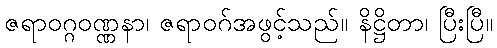
ဇရာဝဂ္ဂဝဏ္ဏနာ၊ ဇရာဝဂ်အဖွင့်သည်။ နိဋ္ဌိတာ၊ ပြီးပြီ။